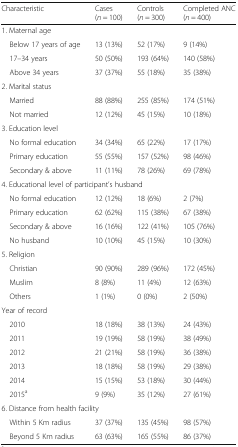
<table><thead><tr><td><b>Characteristic</b></td><td><b>Cases (<i>n</i> = 100)</b></td><td><b>Controls (<i>n</i> = 300)</b></td><td><b>Completed ANC (<i>n</i> = 400)</b></td></tr></thead><tbody><tr><td colspan="4">1. Maternal age</td></tr><tr><td> Below 17 years of age</td><td>13 (13%)</td><td>52 (17%)</td><td>9 (14%)</td></tr><tr><td> 17–34 years</td><td>50 (50%)</td><td>193 (64%)</td><td>140 (58%)</td></tr><tr><td> Above 34 years</td><td>37 (37%)</td><td>55 (18%)</td><td>35 (38%)</td></tr><tr><td colspan="4">2. Marital status</td></tr><tr><td> Married</td><td>88 (88%)</td><td>255 (85%)</td><td>174 (51%)</td></tr><tr><td> Not married</td><td>12 (12%)</td><td>45 (15%)</td><td>10 (18%)</td></tr><tr><td colspan="4">3. Education level</td></tr><tr><td> No formal education</td><td>34 (34%)</td><td>65 (22%)</td><td>17 (17%)</td></tr><tr><td> Primary education</td><td>55 (55%)</td><td>157 (52%)</td><td>98 (46%)</td></tr><tr><td> Secondary &amp; above</td><td>11 (11%)</td><td>78 (26%)</td><td>69 (78%)</td></tr><tr><td colspan="4">4. Educational level of participant’s husband</td></tr><tr><td> No formal education</td><td>12 (12%)</td><td>18 (6%)</td><td>2 (7%)</td></tr><tr><td> Primary education</td><td>62 (62%)</td><td>115 (38%)</td><td>67 (38%)</td></tr><tr><td> Secondary &amp; above</td><td>16 (16%)</td><td>122 (41%)</td><td>105 (76%)</td></tr><tr><td> No husband</td><td>10 (10%)</td><td>45 (15%)</td><td>10 (30%)</td></tr><tr><td colspan="4">5. Religion</td></tr><tr><td> Christian</td><td>90 (90%)</td><td>289 (96%)</td><td>172 (45%)</td></tr><tr><td> Muslim</td><td>8 (8%)</td><td>11 (4%)</td><td>12 (63%)</td></tr><tr><td> Others</td><td>1 (1%)</td><td>0 (0%)</td><td>2 (50%)</td></tr><tr><td>Year of record</td><td></td><td></td><td></td></tr><tr><td> 2010</td><td>18 (18%)</td><td>38 (13%)</td><td>24 (43%)</td></tr><tr><td> 2011</td><td>19 (19%)</td><td>58 (19%)</td><td>38 (49%)</td></tr><tr><td> 2012</td><td>21 (21%)</td><td>58 (19%)</td><td>36 (38%)</td></tr><tr><td> 2013</td><td>18 (18%)</td><td>58 (19%)</td><td>29 (38%)</td></tr><tr><td> 2014</td><td>15 (15%)</td><td>53 (18%)</td><td>30 (44%)</td></tr><tr><td> 2015<sup>a</sup></td><td>9 (9%)</td><td>35 (12%)</td><td>27 (61%)</td></tr><tr><td colspan="4">6. Distance from health facility</td></tr><tr><td> Within 5 Km radius</td><td>37 (37%)</td><td>135 (45%)</td><td>98 (57%)</td></tr><tr><td> Beyond 5 Km radius</td><td>63 (63%)</td><td>165 (55%)</td><td>86 (37%)</td></tr></tbody></table>